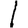
Digit: 1